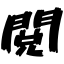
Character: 閲